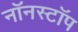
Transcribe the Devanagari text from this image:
नॉनस्‍टॉप